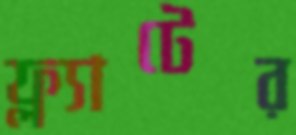
ফ্ল্যাটের